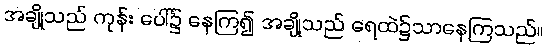
အချို့သည် ကုန်း ပေါ်၌ နေကြ၍ အချို့သည် ရေထဲ၌သာနေကြသည်။